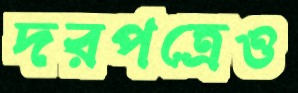
দরপত্রেও